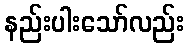
နည်းပါးသော်လည်း